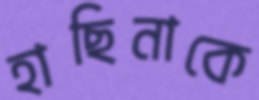
হাছিনাকে